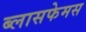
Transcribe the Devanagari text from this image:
ब्लासफेमस